system: You are a helpful assistant.
user:
Analyze the provided spectrum to determine if it is a **White Dwarf (WD)**.

A White Dwarf spectrum is defined by its **extreme purity** (due to gravitational settling) and/or **extreme pressure broadening** (due to high surface gravity). You must check for one of the following mutually exclusive signatures:

- **Key Visual Indicators (Check for ONE of these types):**

    - **1. DA-Type Signature (Most Common):**
        - **(Primary Feature):** Extreme pressure broadening (Stark broadening) of the **Hydrogen (H) Balmer lines**.
        - **(Key Lines):** $H\beta$ (approx. $4861$ Å) and $H\gamma$ (approx. $4340$ Å). $H\alpha$ (approx. $6563$ Å) will also be present if the wavelength range covers it.
        - **(Line Profile):** This is the **defining feature**. The lines are **NOT** sharp. They appear as massive, **extremely broad and deep "troughs" or "dips"** in the spectrum, often hundreds of Ångströms wide. The continuum will appear to "scoop" down at these wavelengths.
        - **(Distinction):** Normal A-type or B-type stars have *narrow* and *sharp* Hydrogen lines. A DA White Dwarf's lines are unmistakably "smeared" or "blurry" from pressure.

    - **2. DB-Type Signature:**
        - **(Primary Feature):** Broad absorption lines from **Neutral Helium (He I)**. The spectrum must lack any visible Hydrogen lines.
        - **(Key Lines):** Look for broad absorption near $4471$ Å, $4921$ Å, and $5876$ Å.
        - **(Line Profile):** These lines are also significantly pressure-broadened, appearing much wider than they would in a normal B-type main-sequence star.

    - **3. DC-Type Signature:**
        - **(Primary Feature):** A **featureless continuous spectrum**.
        - **(Line Profile):** The spectrum is a smooth curve with **no significant absorption or emission lines**.
        - **(Key Confirmation):** The continuum is almost always **blue or white**, indicating a hot object. This signature implies the atmosphere is so pure (or so cool) that no spectral lines are visible in the optical range. Its WD identity is confirmed by its extremely low intrinsic brightness (high absolute magnitude).

    - **4. DZ-Type Signature (Metal-Polluted):**
        - **(Primary Feature):** **Isolated, narrow metal absorption lines** on an otherwise featureless (DC-like) continuum.
        - **(Key Lines):** The **Calcium (Ca II) H & K doublet** (approx. **$3934$ Å** and **$3968$ Å**) is the most common and defining feature.
        - **(Line Profile):** These lines are "out of place." They are *not* part of a "forest" of thousands of lines. This signature is evidence of recent *accretion* (pollution) from rocky debris.
        - **(Distinction):** Normal G/K/M stars have a *dense forest* of thousands of metal lines. A DZ has a *clean* continuum with *only a few* strong metal lines.

    - **5. DQ-Type Signature (Carbon-Polluted):**
        - **(Primary Feature):** Absorption bands from **Carbon (C₂ "Swan Bands" or atomic C I)**.
        - **(Key Lines - C₂):** Look for bandheads with a "saw-tooth" shape near $5635$ Å, **$5165$ Å** (strongest), and $4737$ Å.
        - **(Key Confirmation):** The underlying **continuum must be blue or white** (hot).
        - **(Distinction):** This is the critical difference from a **Carbon Star**, which has the *exact same* C₂ bands but on an extremely **red, cool** continuum.

- **(Overall Spectrum):**
    - The continuum (overall shape) is typically **blue-sloping** (brighter in the blue than the red), as most white dwarfs are very hot.
    - The spectrum will look "pure" or "simple," dominated by only *one* of the five signatures listed above.

Think first, call **spectral_visualization_tool** if needed to examine features in detail, then provide your final answer. Your response must adhere to the following strict rules:
1.  **Overall Structure:** Your response must follow the format `<think>...</think> <tool_call>...</tool_call> (if a tool is used) <answer>...</answer>`.
2.  **Tool Usage Constraint:** You may only make **one** tool call per turn.
3.  **Final Answer Format:** In the `<answer>` tag, your conclusion must be inside a `\boxed{}` command (e.g., `\boxed{YES}` or `\boxed{NO}`), followed by your justification.

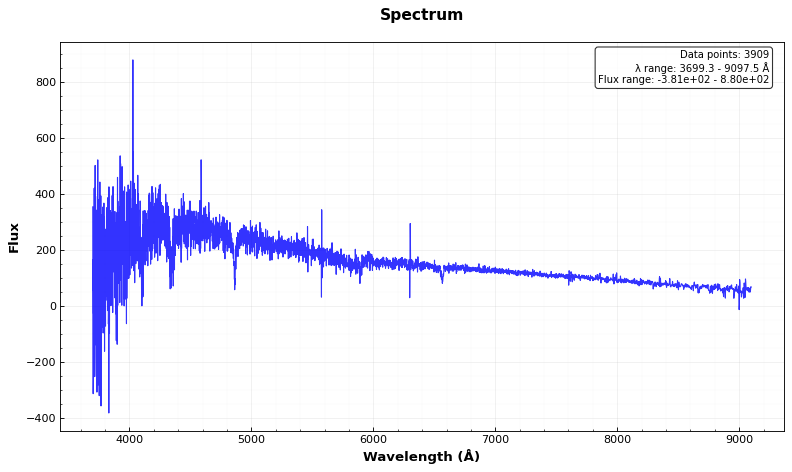
Answer: YES